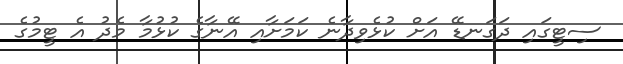
ސިޓީގައި ދަގަނޑޭ އަށް ކުޅެވިދާނެ ކަމަށާއި އޭނާގެ ކުޅުމާ މެދު އެ ޓީމުގެ